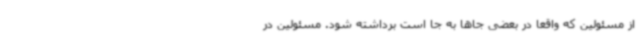
از مسئولین که واقعا در بعضی جاها به جا است برداشته شود. مسئولین در